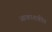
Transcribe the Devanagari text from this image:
आकाशकीय